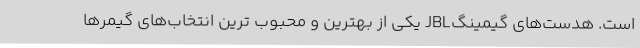
است. هدست‌های گیمینگJBL یکی از بهترین و محبوب ترین انتخاب‌های گیمرها